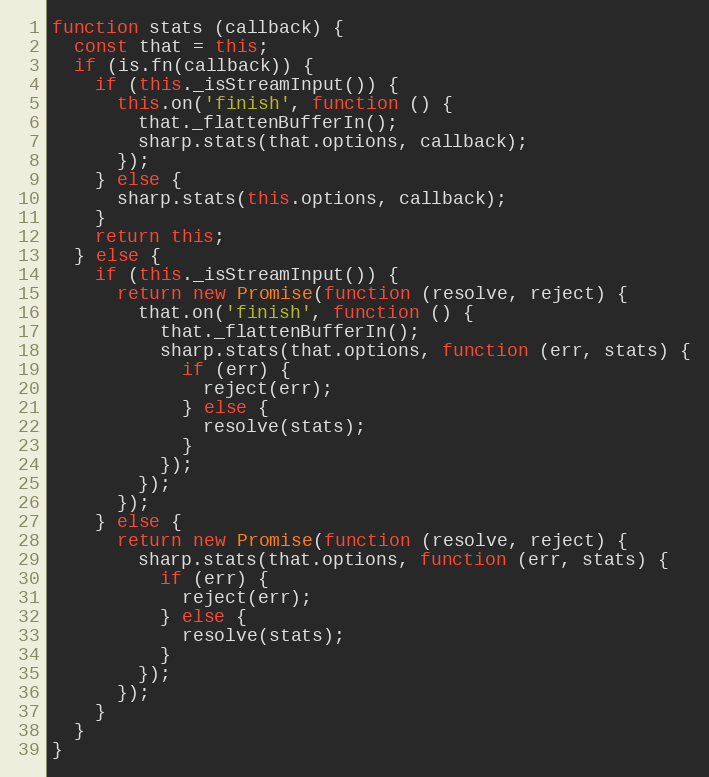
Language: JavaScript
function stats (callback) {
  const that = this;
  if (is.fn(callback)) {
    if (this._isStreamInput()) {
      this.on('finish', function () {
        that._flattenBufferIn();
        sharp.stats(that.options, callback);
      });
    } else {
      sharp.stats(this.options, callback);
    }
    return this;
  } else {
    if (this._isStreamInput()) {
      return new Promise(function (resolve, reject) {
        that.on('finish', function () {
          that._flattenBufferIn();
          sharp.stats(that.options, function (err, stats) {
            if (err) {
              reject(err);
            } else {
              resolve(stats);
            }
          });
        });
      });
    } else {
      return new Promise(function (resolve, reject) {
        sharp.stats(that.options, function (err, stats) {
          if (err) {
            reject(err);
          } else {
            resolve(stats);
          }
        });
      });
    }
  }
}